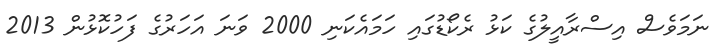
ނަމަވެސް އިސްރާއީލުގެ ކަޅު ރެކޯޑުގައި ހަމައެކަނި 2000 ވަނަ އަހަރުގެ ފަހުކޮޅުން 2013